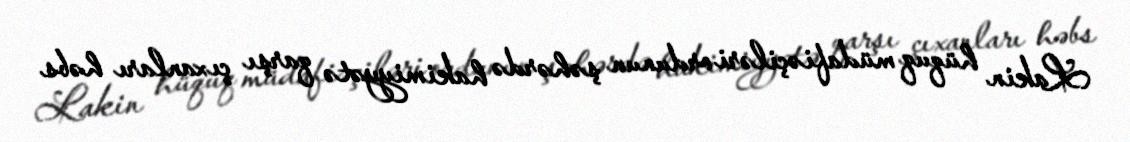
Lakin hüquq müdafiəçiləri ordunun şəhərdə hakimiyyətə qarşı çıxanları həbs